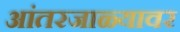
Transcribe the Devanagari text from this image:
आंतरजाळ्यावर